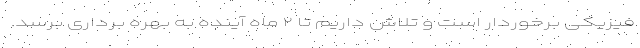
فیزیکی برخوردار است و تلاش داریم تا ۲ ماه آینده به بهره برداری برسد.